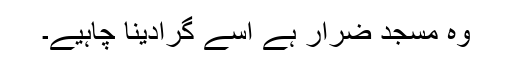
وہ مسجد ضرار ہے اسے گرادینا چاہیے۔